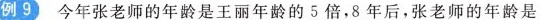
例9 今年张老师的年龄是王丽年龄的5倍，8年后，张老师的年龄是